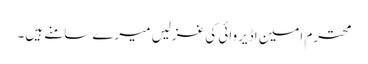
محترم امین اڈیروائی کی غزلیں میرے سامنے ہیں۔